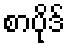
စာပိုဒ်